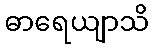
ဓာရေယျာသိ